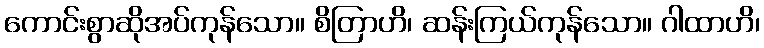
ကောင်းစွာဆိုအပ်ကုန်သော။ စိတြာဟိ၊ ဆန်းကြယ်ကုန်သော။ ဂါထာဟိ၊